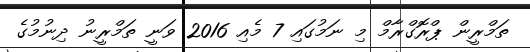
ތަމްރީން ޕްރޮގްރާމް މި ނަމުގައި 7 މެއި 2016 ވަނީ ތަމްރީނު ދިނުމުގެ